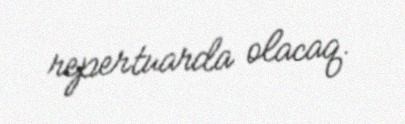
repertuarda olacaq.